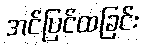
အင်ပြင်ထခြင်း